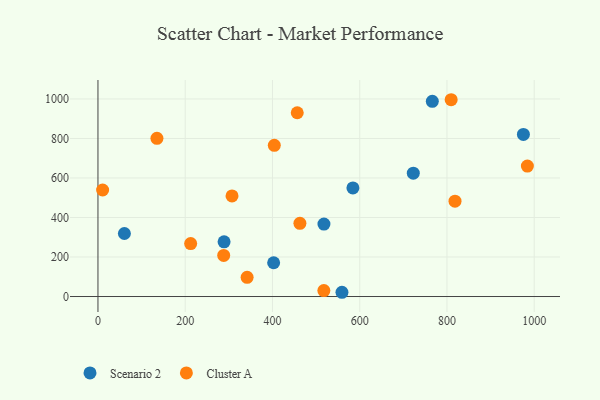
{"axis": {"x": "Speed", "y": "Exam Score"}, "legend": ["Cluster A", "Scenario 2"], "data": [{"x": "402.7", "y": 170.9, "type": "Scenario 2"}, {"x": "975.2", "y": 820.6, "type": "Scenario 2"}, {"x": "289.1", "y": 276.8, "type": "Scenario 2"}, {"x": "584.4", "y": 549.6, "type": "Scenario 2"}, {"x": "766.4", "y": 988.0, "type": "Scenario 2"}, {"x": "60.6", "y": 319.0, "type": "Scenario 2"}, {"x": "518.0", "y": 366.6, "type": "Scenario 2"}, {"x": "559.3", "y": 21.5, "type": "Scenario 2"}, {"x": "722.8", "y": 624.4, "type": "Scenario 2"}, {"x": "818.4", "y": 482.4, "type": "Cluster A"}, {"x": "404.2", "y": 765.4, "type": "Cluster A"}, {"x": "288.2", "y": 208.0, "type": "Cluster A"}, {"x": "212.5", "y": 268.1, "type": "Cluster A"}, {"x": "135.2", "y": 800.5, "type": "Cluster A"}, {"x": "984.3", "y": 660.5, "type": "Cluster A"}, {"x": "462.9", "y": 370.5, "type": "Cluster A"}, {"x": "456.8", "y": 930.1, "type": "Cluster A"}, {"x": "10.7", "y": 539.1, "type": "Cluster A"}, {"x": "517.8", "y": 30.3, "type": "Cluster A"}, {"x": "341.9", "y": 97.0, "type": "Cluster A"}, {"x": "307.3", "y": 509.0, "type": "Cluster A"}, {"x": "809.6", "y": 996.1, "type": "Cluster A"}]}